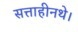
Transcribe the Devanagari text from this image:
सत्ताहीनथे।